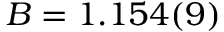
B = 1 . 1 5 4 ( 9 )